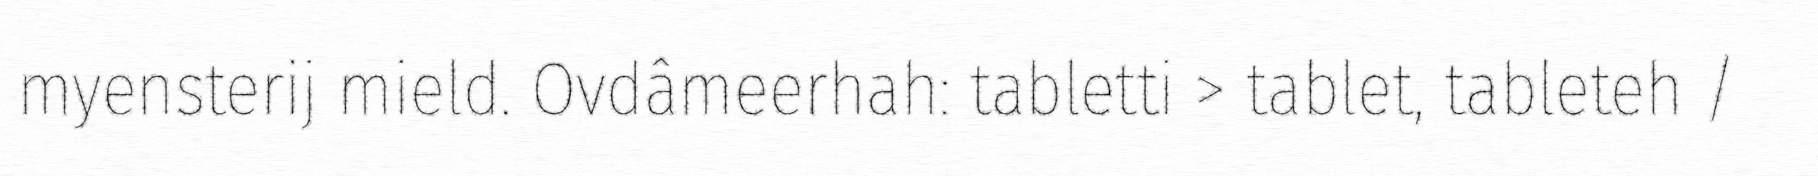
myensterij mield. Ovdâmeerhah: tabletti > tablet, tableteh /